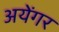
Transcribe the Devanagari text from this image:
अयेंगर